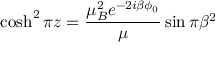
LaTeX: \cosh ^ { 2 } \pi z = \frac { \mu _ { B } ^ { 2 } e ^ { - 2 i \beta \phi _ { 0 } } } { \mu } \sin \pi \beta ^ { 2 }